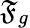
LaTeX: \mathfrak{F}_{g}